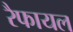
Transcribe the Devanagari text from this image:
रैफायल